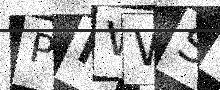
Text: PIWWSV